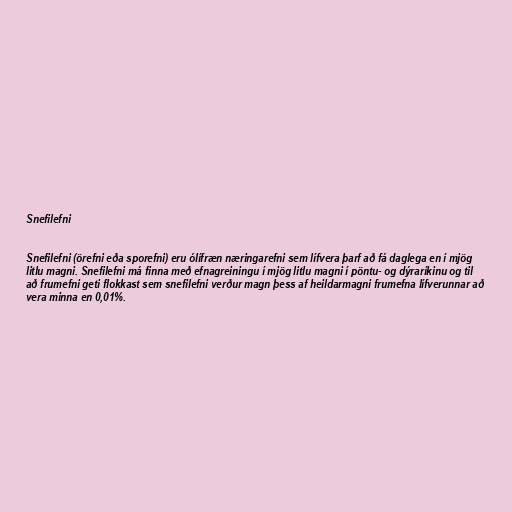
Snefilefni

Snefilefni (örefni eða sporefni) eru ólífræn næringarefni sem lífvera þarf að fá daglega en í mjög
litlu magni. Snefilefni má finna með efnagreiningu í mjög litlu magni í pöntu- og dýraríkinu og til
að frumefni geti flokkast sem snefilefni verður magn þess af heildarmagni frumefna lífverunnar að
vera minna en 0,01%.